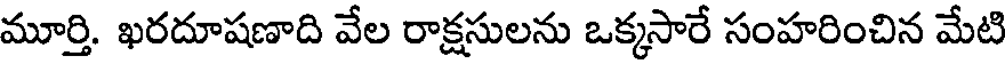
మూర్తి. ఖరదూషణాది వేల రాక్షసులను ఒక్కసారే సంహరించిన మేటి